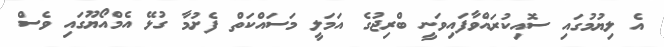
އެ ލިޔުމުގައި ސޮއިކުރައްވާފައިވަނީ ބްރިޖުގެ އަމަލީ މަސައްކަތް ފެށުމާ ގުޅޭ އެމްއޯޔޫގައި ވެސް